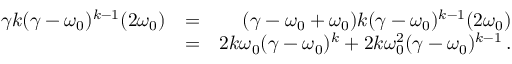
\begin{array} { r l r } { \gamma k ( \gamma - \omega _ { 0 } ) ^ { k - 1 } ( 2 \omega _ { 0 } ) } & { = } & { ( \gamma - \omega _ { 0 } + \omega _ { 0 } ) k ( \gamma - \omega _ { 0 } ) ^ { k - 1 } ( 2 \omega _ { 0 } ) } \\ & { = } & { 2 k \omega _ { 0 } ( \gamma - \omega _ { 0 } ) ^ { k } + 2 k \omega _ { 0 } ^ { 2 } ( \gamma - \omega _ { 0 } ) ^ { k - 1 } \, . } \end{array}